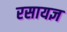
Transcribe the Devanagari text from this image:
रसायज्ञ